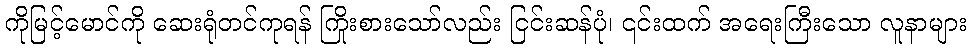
ကိုမြင့်မောင်ကို ဆေးရုံတင်ကုရန် ကြိုးစားသော်လည်း ငြင်းဆန်ပုံ၊ ၎င်းထက် အရေးကြီးသော လူနာများ